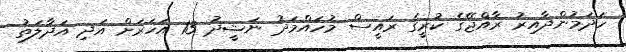
ހަދަމުންދާއިރު ރާއްޖޭގެ ކުރީގެ ރައީސް މުހައްމަދު ނަޝީދު 13 އަހަރަށް އަދި އަދާލަތު